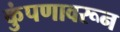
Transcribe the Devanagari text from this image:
कुंपणावरून